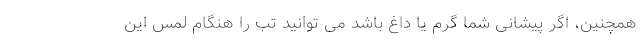
همچنین، اگر پیشانی شما گرم یا داغ باشد می توانید تب را هنگام لمس این